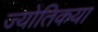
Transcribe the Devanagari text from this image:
ज्‍योतिकया